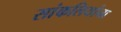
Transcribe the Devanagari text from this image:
सांकलियांना